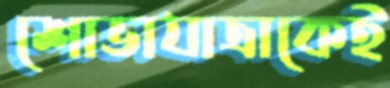
শোভাযাত্রাকেই